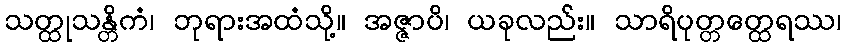
သတ္ထုသန္တိကံ၊ ဘုရားအထံသို့။ အဇ္ဇာပိ၊ ယခုလည်း။ သာရိပုတ္တတ္ထေရဿ၊